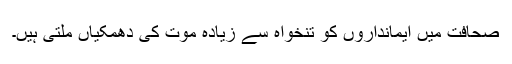
صحافت میں ایمانداروں کو تنخواہ سے زیادہ موت کی دھمکیاں ملتی ہیں۔